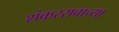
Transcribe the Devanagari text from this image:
शंकररावाच्या